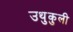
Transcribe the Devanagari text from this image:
उथुकुली